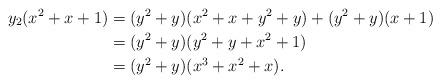
LaTeX: \begin{align*}y_2(x^2+x+1)&=(y^2+y)(x^2+x+y^2+y)+(y^2+y)(x+1)\\&=(y^2+y)(y^2+y+x^2+1)\\&=(y^2+y)(x^3+x^2+x).\end{align*}